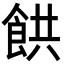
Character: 𩛘